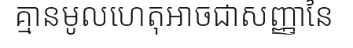
គ្មានមូលហេតុអាចជាសញ្ញានៃ